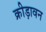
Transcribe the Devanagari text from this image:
क्रीड़ावन